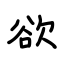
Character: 欲